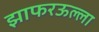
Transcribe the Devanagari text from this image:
झाफरऊल्ला